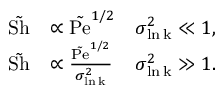
\begin{array} { r l r } { \tilde { \mathrm { S h } } } & { \propto \tilde { \mathrm { P e } } ^ { 1 / 2 } } & { \sigma _ { \mathrm { \ln k } } ^ { 2 } \ll 1 , } \\ { \tilde { \mathrm { S h } } } & { \propto \frac { \tilde { \mathrm { P e } } ^ { 1 / 2 } } { \sigma _ { \mathrm { \ln k } } ^ { 2 } } } & { \sigma _ { \mathrm { \ln k } } ^ { 2 } \gg 1 . } \end{array}